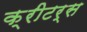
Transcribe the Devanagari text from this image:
क्रीटर्स